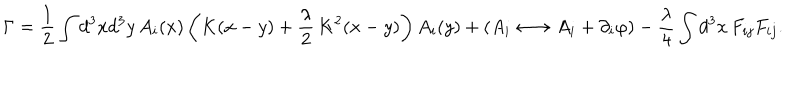
\Gamma = \frac { 1 } { 2 } \int d ^ { 3 } x d ^ { 3 } y \, A _ { i } ( x ) \left( K ( x - y ) + \frac { \lambda } { 2 } \, K ^ { 2 } ( x - y ) \right) A _ { i } ( y ) + ( A _ { i } \longleftrightarrow A _ { i } + \partial _ { i } \varphi ) - \frac { \lambda } { 4 } \int d ^ { 3 } x \, F _ { i j } F _ { i j } .